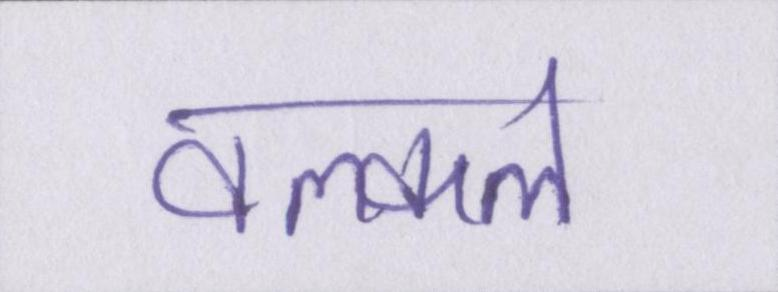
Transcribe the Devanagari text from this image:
वल्कल